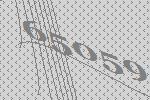
65059